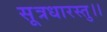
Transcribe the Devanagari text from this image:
सूत्रधारस्तु।।